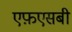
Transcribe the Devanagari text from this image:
एफ़एसबी